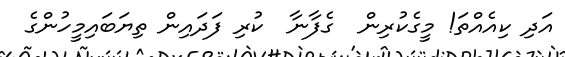
އަދި ކިއެއްތަ! މީގެކުރިން  ގެފާނާ  ކުރި ފަދައިން ތިޔަބައިމީހުންގެ